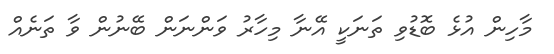
މާހިން އުޅެ ބޮޑުވި ތަނަކީ އޭނާ މިހާރު ވަންނަން ބޭނުން ވާ ތަނެއް